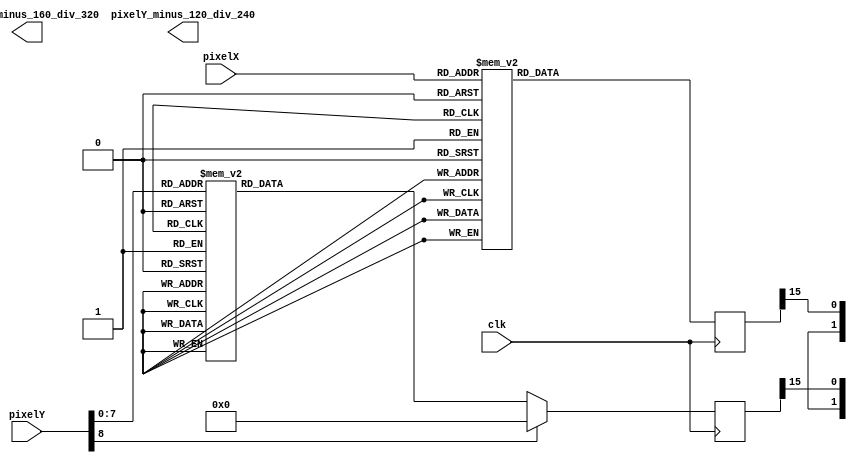
module pixelRayScaleTable(clk, pixelX, pixelX_minus_160_div_320, pixelY, pixelY_minus_120_div_240);

parameter BusWidth = 0;
parameter DecimalWidth = 0;

input clk;
input [8:0] pixelX, pixelY;
output [BusWidth-1:0] pixelX_minus_160_div_320, pixelY_minus_120_div_240;

reg [15:0] pixelX_minus_160_div_320_16, pixelY_minus_120_div_240_16;

assign pixelX_minus_160_div_320 = {{(BusWidth-DecimalWidth){pixelX_minus_160_div_320_16[15]}}
									,pixelX_minus_160_div_320_16[15:16-DecimalWidth]};
assign pixelY_minus_120_div_240 = {{(BusWidth-DecimalWidth){pixelY_minus_120_div_240_16[15]}}
									,pixelY_minus_120_div_240_16[15:16-DecimalWidth]};

always @(posedge clk)
begin
	case (pixelX)
        9'd0: pixelX_minus_160_div_320_16 <= 16'h8000;
        9'd1: pixelX_minus_160_div_320_16 <= 16'h80cd;
        9'd2: pixelX_minus_160_div_320_16 <= 16'h819a;
        9'd3: pixelX_minus_160_div_320_16 <= 16'h8267;
        9'd4: pixelX_minus_160_div_320_16 <= 16'h8334;
        9'd5: pixelX_minus_160_div_320_16 <= 16'h8400;
        9'd6: pixelX_minus_160_div_320_16 <= 16'h84cd;
        9'd7: pixelX_minus_160_div_320_16 <= 16'h859a;
        9'd8: pixelX_minus_160_div_320_16 <= 16'h8667;
        9'd9: pixelX_minus_160_div_320_16 <= 16'h8734;
        9'd10: pixelX_minus_160_div_320_16 <= 16'h8800;
        9'd11: pixelX_minus_160_div_320_16 <= 16'h88cd;
        9'd12: pixelX_minus_160_div_320_16 <= 16'h899a;
        9'd13: pixelX_minus_160_div_320_16 <= 16'h8a67;
        9'd14: pixelX_minus_160_div_320_16 <= 16'h8b34;
        9'd15: pixelX_minus_160_div_320_16 <= 16'h8c00;
        9'd16: pixelX_minus_160_div_320_16 <= 16'h8ccd;
        9'd17: pixelX_minus_160_div_320_16 <= 16'h8d9a;
        9'd18: pixelX_minus_160_div_320_16 <= 16'h8e67;
        9'd19: pixelX_minus_160_div_320_16 <= 16'h8f34;
        9'd20: pixelX_minus_160_div_320_16 <= 16'h9000;
        9'd21: pixelX_minus_160_div_320_16 <= 16'h90cd;
        9'd22: pixelX_minus_160_div_320_16 <= 16'h919a;
        9'd23: pixelX_minus_160_div_320_16 <= 16'h9267;
        9'd24: pixelX_minus_160_div_320_16 <= 16'h9334;
        9'd25: pixelX_minus_160_div_320_16 <= 16'h9400;
        9'd26: pixelX_minus_160_div_320_16 <= 16'h94cd;
        9'd27: pixelX_minus_160_div_320_16 <= 16'h959a;
        9'd28: pixelX_minus_160_div_320_16 <= 16'h9667;
        9'd29: pixelX_minus_160_div_320_16 <= 16'h9734;
        9'd30: pixelX_minus_160_div_320_16 <= 16'h9800;
        9'd31: pixelX_minus_160_div_320_16 <= 16'h98cd;
        9'd32: pixelX_minus_160_div_320_16 <= 16'h999a;
        9'd33: pixelX_minus_160_div_320_16 <= 16'h9a67;
        9'd34: pixelX_minus_160_div_320_16 <= 16'h9b34;
        9'd35: pixelX_minus_160_div_320_16 <= 16'h9c00;
        9'd36: pixelX_minus_160_div_320_16 <= 16'h9ccd;
        9'd37: pixelX_minus_160_div_320_16 <= 16'h9d9a;
        9'd38: pixelX_minus_160_div_320_16 <= 16'h9e67;
        9'd39: pixelX_minus_160_div_320_16 <= 16'h9f34;
        9'd40: pixelX_minus_160_div_320_16 <= 16'ha000;
        9'd41: pixelX_minus_160_div_320_16 <= 16'ha0cd;
        9'd42: pixelX_minus_160_div_320_16 <= 16'ha19a;
        9'd43: pixelX_minus_160_div_320_16 <= 16'ha267;
        9'd44: pixelX_minus_160_div_320_16 <= 16'ha334;
        9'd45: pixelX_minus_160_div_320_16 <= 16'ha400;
        9'd46: pixelX_minus_160_div_320_16 <= 16'ha4cd;
        9'd47: pixelX_minus_160_div_320_16 <= 16'ha59a;
        9'd48: pixelX_minus_160_div_320_16 <= 16'ha667;
        9'd49: pixelX_minus_160_div_320_16 <= 16'ha734;
        9'd50: pixelX_minus_160_div_320_16 <= 16'ha800;
        9'd51: pixelX_minus_160_div_320_16 <= 16'ha8cd;
        9'd52: pixelX_minus_160_div_320_16 <= 16'ha99a;
        9'd53: pixelX_minus_160_div_320_16 <= 16'haa67;
        9'd54: pixelX_minus_160_div_320_16 <= 16'hab34;
        9'd55: pixelX_minus_160_div_320_16 <= 16'hac00;
        9'd56: pixelX_minus_160_div_320_16 <= 16'haccd;
        9'd57: pixelX_minus_160_div_320_16 <= 16'had9a;
        9'd58: pixelX_minus_160_div_320_16 <= 16'hae67;
        9'd59: pixelX_minus_160_div_320_16 <= 16'haf34;
        9'd60: pixelX_minus_160_div_320_16 <= 16'hb000;
        9'd61: pixelX_minus_160_div_320_16 <= 16'hb0cd;
        9'd62: pixelX_minus_160_div_320_16 <= 16'hb19a;
        9'd63: pixelX_minus_160_div_320_16 <= 16'hb267;
        9'd64: pixelX_minus_160_div_320_16 <= 16'hb334;
        9'd65: pixelX_minus_160_div_320_16 <= 16'hb400;
        9'd66: pixelX_minus_160_div_320_16 <= 16'hb4cd;
        9'd67: pixelX_minus_160_div_320_16 <= 16'hb59a;
        9'd68: pixelX_minus_160_div_320_16 <= 16'hb667;
        9'd69: pixelX_minus_160_div_320_16 <= 16'hb734;
        9'd70: pixelX_minus_160_div_320_16 <= 16'hb800;
        9'd71: pixelX_minus_160_div_320_16 <= 16'hb8cd;
        9'd72: pixelX_minus_160_div_320_16 <= 16'hb99a;
        9'd73: pixelX_minus_160_div_320_16 <= 16'hba67;
        9'd74: pixelX_minus_160_div_320_16 <= 16'hbb34;
        9'd75: pixelX_minus_160_div_320_16 <= 16'hbc00;
        9'd76: pixelX_minus_160_div_320_16 <= 16'hbccd;
        9'd77: pixelX_minus_160_div_320_16 <= 16'hbd9a;
        9'd78: pixelX_minus_160_div_320_16 <= 16'hbe67;
        9'd79: pixelX_minus_160_div_320_16 <= 16'hbf34;
        9'd80: pixelX_minus_160_div_320_16 <= 16'hc000;
        9'd81: pixelX_minus_160_div_320_16 <= 16'hc0cd;
        9'd82: pixelX_minus_160_div_320_16 <= 16'hc19a;
        9'd83: pixelX_minus_160_div_320_16 <= 16'hc267;
        9'd84: pixelX_minus_160_div_320_16 <= 16'hc334;
        9'd85: pixelX_minus_160_div_320_16 <= 16'hc400;
        9'd86: pixelX_minus_160_div_320_16 <= 16'hc4cd;
        9'd87: pixelX_minus_160_div_320_16 <= 16'hc59a;
        9'd88: pixelX_minus_160_div_320_16 <= 16'hc667;
        9'd89: pixelX_minus_160_div_320_16 <= 16'hc734;
        9'd90: pixelX_minus_160_div_320_16 <= 16'hc800;
        9'd91: pixelX_minus_160_div_320_16 <= 16'hc8cd;
        9'd92: pixelX_minus_160_div_320_16 <= 16'hc99a;
        9'd93: pixelX_minus_160_div_320_16 <= 16'hca67;
        9'd94: pixelX_minus_160_div_320_16 <= 16'hcb34;
        9'd95: pixelX_minus_160_div_320_16 <= 16'hcc00;
        9'd96: pixelX_minus_160_div_320_16 <= 16'hcccd;
        9'd97: pixelX_minus_160_div_320_16 <= 16'hcd9a;
        9'd98: pixelX_minus_160_div_320_16 <= 16'hce67;
        9'd99: pixelX_minus_160_div_320_16 <= 16'hcf34;
        9'd100: pixelX_minus_160_div_320_16 <= 16'hd000;
        9'd101: pixelX_minus_160_div_320_16 <= 16'hd0cd;
        9'd102: pixelX_minus_160_div_320_16 <= 16'hd19a;
        9'd103: pixelX_minus_160_div_320_16 <= 16'hd267;
        9'd104: pixelX_minus_160_div_320_16 <= 16'hd334;
        9'd105: pixelX_minus_160_div_320_16 <= 16'hd400;
        9'd106: pixelX_minus_160_div_320_16 <= 16'hd4cd;
        9'd107: pixelX_minus_160_div_320_16 <= 16'hd59a;
        9'd108: pixelX_minus_160_div_320_16 <= 16'hd667;
        9'd109: pixelX_minus_160_div_320_16 <= 16'hd734;
        9'd110: pixelX_minus_160_div_320_16 <= 16'hd800;
        9'd111: pixelX_minus_160_div_320_16 <= 16'hd8cd;
        9'd112: pixelX_minus_160_div_320_16 <= 16'hd99a;
        9'd113: pixelX_minus_160_div_320_16 <= 16'hda67;
        9'd114: pixelX_minus_160_div_320_16 <= 16'hdb34;
        9'd115: pixelX_minus_160_div_320_16 <= 16'hdc00;
        9'd116: pixelX_minus_160_div_320_16 <= 16'hdccd;
        9'd117: pixelX_minus_160_div_320_16 <= 16'hdd9a;
        9'd118: pixelX_minus_160_div_320_16 <= 16'hde67;
        9'd119: pixelX_minus_160_div_320_16 <= 16'hdf34;
        9'd120: pixelX_minus_160_div_320_16 <= 16'he000;
        9'd121: pixelX_minus_160_div_320_16 <= 16'he0cd;
        9'd122: pixelX_minus_160_div_320_16 <= 16'he19a;
        9'd123: pixelX_minus_160_div_320_16 <= 16'he267;
        9'd124: pixelX_minus_160_div_320_16 <= 16'he334;
        9'd125: pixelX_minus_160_div_320_16 <= 16'he400;
        9'd126: pixelX_minus_160_div_320_16 <= 16'he4cd;
        9'd127: pixelX_minus_160_div_320_16 <= 16'he59a;
        9'd128: pixelX_minus_160_div_320_16 <= 16'he667;
        9'd129: pixelX_minus_160_div_320_16 <= 16'he734;
        9'd130: pixelX_minus_160_div_320_16 <= 16'he800;
        9'd131: pixelX_minus_160_div_320_16 <= 16'he8cd;
        9'd132: pixelX_minus_160_div_320_16 <= 16'he99a;
        9'd133: pixelX_minus_160_div_320_16 <= 16'hea67;
        9'd134: pixelX_minus_160_div_320_16 <= 16'heb34;
        9'd135: pixelX_minus_160_div_320_16 <= 16'hec00;
        9'd136: pixelX_minus_160_div_320_16 <= 16'heccd;
        9'd137: pixelX_minus_160_div_320_16 <= 16'hed9a;
        9'd138: pixelX_minus_160_div_320_16 <= 16'hee67;
        9'd139: pixelX_minus_160_div_320_16 <= 16'hef34;
        9'd140: pixelX_minus_160_div_320_16 <= 16'hf000;
        9'd141: pixelX_minus_160_div_320_16 <= 16'hf0cd;
        9'd142: pixelX_minus_160_div_320_16 <= 16'hf19a;
        9'd143: pixelX_minus_160_div_320_16 <= 16'hf267;
        9'd144: pixelX_minus_160_div_320_16 <= 16'hf334;
        9'd145: pixelX_minus_160_div_320_16 <= 16'hf400;
        9'd146: pixelX_minus_160_div_320_16 <= 16'hf4cd;
        9'd147: pixelX_minus_160_div_320_16 <= 16'hf59a;
        9'd148: pixelX_minus_160_div_320_16 <= 16'hf667;
        9'd149: pixelX_minus_160_div_320_16 <= 16'hf734;
        9'd150: pixelX_minus_160_div_320_16 <= 16'hf800;
        9'd151: pixelX_minus_160_div_320_16 <= 16'hf8cd;
        9'd152: pixelX_minus_160_div_320_16 <= 16'hf99a;
        9'd153: pixelX_minus_160_div_320_16 <= 16'hfa67;
        9'd154: pixelX_minus_160_div_320_16 <= 16'hfb34;
        9'd155: pixelX_minus_160_div_320_16 <= 16'hfc00;
        9'd156: pixelX_minus_160_div_320_16 <= 16'hfccd;
        9'd157: pixelX_minus_160_div_320_16 <= 16'hfd9a;
        9'd158: pixelX_minus_160_div_320_16 <= 16'hfe67;
        9'd159: pixelX_minus_160_div_320_16 <= 16'hff34;
        9'd160: pixelX_minus_160_div_320_16 <= 16'h0000;
        9'd161: pixelX_minus_160_div_320_16 <= 16'h00cc;
        9'd162: pixelX_minus_160_div_320_16 <= 16'h0199;
        9'd163: pixelX_minus_160_div_320_16 <= 16'h0266;
        9'd164: pixelX_minus_160_div_320_16 <= 16'h0333;
        9'd165: pixelX_minus_160_div_320_16 <= 16'h0400;
        9'd166: pixelX_minus_160_div_320_16 <= 16'h04cc;
        9'd167: pixelX_minus_160_div_320_16 <= 16'h0599;
        9'd168: pixelX_minus_160_div_320_16 <= 16'h0666;
        9'd169: pixelX_minus_160_div_320_16 <= 16'h0733;
        9'd170: pixelX_minus_160_div_320_16 <= 16'h0800;
        9'd171: pixelX_minus_160_div_320_16 <= 16'h08cc;
        9'd172: pixelX_minus_160_div_320_16 <= 16'h0999;
        9'd173: pixelX_minus_160_div_320_16 <= 16'h0a66;
        9'd174: pixelX_minus_160_div_320_16 <= 16'h0b33;
        9'd175: pixelX_minus_160_div_320_16 <= 16'h0c00;
        9'd176: pixelX_minus_160_div_320_16 <= 16'h0ccc;
        9'd177: pixelX_minus_160_div_320_16 <= 16'h0d99;
        9'd178: pixelX_minus_160_div_320_16 <= 16'h0e66;
        9'd179: pixelX_minus_160_div_320_16 <= 16'h0f33;
        9'd180: pixelX_minus_160_div_320_16 <= 16'h1000;
        9'd181: pixelX_minus_160_div_320_16 <= 16'h10cc;
        9'd182: pixelX_minus_160_div_320_16 <= 16'h1199;
        9'd183: pixelX_minus_160_div_320_16 <= 16'h1266;
        9'd184: pixelX_minus_160_div_320_16 <= 16'h1333;
        9'd185: pixelX_minus_160_div_320_16 <= 16'h1400;
        9'd186: pixelX_minus_160_div_320_16 <= 16'h14cc;
        9'd187: pixelX_minus_160_div_320_16 <= 16'h1599;
        9'd188: pixelX_minus_160_div_320_16 <= 16'h1666;
        9'd189: pixelX_minus_160_div_320_16 <= 16'h1733;
        9'd190: pixelX_minus_160_div_320_16 <= 16'h1800;
        9'd191: pixelX_minus_160_div_320_16 <= 16'h18cc;
        9'd192: pixelX_minus_160_div_320_16 <= 16'h1999;
        9'd193: pixelX_minus_160_div_320_16 <= 16'h1a66;
        9'd194: pixelX_minus_160_div_320_16 <= 16'h1b33;
        9'd195: pixelX_minus_160_div_320_16 <= 16'h1c00;
        9'd196: pixelX_minus_160_div_320_16 <= 16'h1ccc;
        9'd197: pixelX_minus_160_div_320_16 <= 16'h1d99;
        9'd198: pixelX_minus_160_div_320_16 <= 16'h1e66;
        9'd199: pixelX_minus_160_div_320_16 <= 16'h1f33;
        9'd200: pixelX_minus_160_div_320_16 <= 16'h2000;
        9'd201: pixelX_minus_160_div_320_16 <= 16'h20cc;
        9'd202: pixelX_minus_160_div_320_16 <= 16'h2199;
        9'd203: pixelX_minus_160_div_320_16 <= 16'h2266;
        9'd204: pixelX_minus_160_div_320_16 <= 16'h2333;
        9'd205: pixelX_minus_160_div_320_16 <= 16'h2400;
        9'd206: pixelX_minus_160_div_320_16 <= 16'h24cc;
        9'd207: pixelX_minus_160_div_320_16 <= 16'h2599;
        9'd208: pixelX_minus_160_div_320_16 <= 16'h2666;
        9'd209: pixelX_minus_160_div_320_16 <= 16'h2733;
        9'd210: pixelX_minus_160_div_320_16 <= 16'h2800;
        9'd211: pixelX_minus_160_div_320_16 <= 16'h28cc;
        9'd212: pixelX_minus_160_div_320_16 <= 16'h2999;
        9'd213: pixelX_minus_160_div_320_16 <= 16'h2a66;
        9'd214: pixelX_minus_160_div_320_16 <= 16'h2b33;
        9'd215: pixelX_minus_160_div_320_16 <= 16'h2c00;
        9'd216: pixelX_minus_160_div_320_16 <= 16'h2ccc;
        9'd217: pixelX_minus_160_div_320_16 <= 16'h2d99;
        9'd218: pixelX_minus_160_div_320_16 <= 16'h2e66;
        9'd219: pixelX_minus_160_div_320_16 <= 16'h2f33;
        9'd220: pixelX_minus_160_div_320_16 <= 16'h3000;
        9'd221: pixelX_minus_160_div_320_16 <= 16'h30cc;
        9'd222: pixelX_minus_160_div_320_16 <= 16'h3199;
        9'd223: pixelX_minus_160_div_320_16 <= 16'h3266;
        9'd224: pixelX_minus_160_div_320_16 <= 16'h3333;
        9'd225: pixelX_minus_160_div_320_16 <= 16'h3400;
        9'd226: pixelX_minus_160_div_320_16 <= 16'h34cc;
        9'd227: pixelX_minus_160_div_320_16 <= 16'h3599;
        9'd228: pixelX_minus_160_div_320_16 <= 16'h3666;
        9'd229: pixelX_minus_160_div_320_16 <= 16'h3733;
        9'd230: pixelX_minus_160_div_320_16 <= 16'h3800;
        9'd231: pixelX_minus_160_div_320_16 <= 16'h38cc;
        9'd232: pixelX_minus_160_div_320_16 <= 16'h3999;
        9'd233: pixelX_minus_160_div_320_16 <= 16'h3a66;
        9'd234: pixelX_minus_160_div_320_16 <= 16'h3b33;
        9'd235: pixelX_minus_160_div_320_16 <= 16'h3c00;
        9'd236: pixelX_minus_160_div_320_16 <= 16'h3ccc;
        9'd237: pixelX_minus_160_div_320_16 <= 16'h3d99;
        9'd238: pixelX_minus_160_div_320_16 <= 16'h3e66;
        9'd239: pixelX_minus_160_div_320_16 <= 16'h3f33;
        9'd240: pixelX_minus_160_div_320_16 <= 16'h4000;
        9'd241: pixelX_minus_160_div_320_16 <= 16'h40cc;
        9'd242: pixelX_minus_160_div_320_16 <= 16'h4199;
        9'd243: pixelX_minus_160_div_320_16 <= 16'h4266;
        9'd244: pixelX_minus_160_div_320_16 <= 16'h4333;
        9'd245: pixelX_minus_160_div_320_16 <= 16'h4400;
        9'd246: pixelX_minus_160_div_320_16 <= 16'h44cc;
        9'd247: pixelX_minus_160_div_320_16 <= 16'h4599;
        9'd248: pixelX_minus_160_div_320_16 <= 16'h4666;
        9'd249: pixelX_minus_160_div_320_16 <= 16'h4733;
        9'd250: pixelX_minus_160_div_320_16 <= 16'h4800;
        9'd251: pixelX_minus_160_div_320_16 <= 16'h48cc;
        9'd252: pixelX_minus_160_div_320_16 <= 16'h4999;
        9'd253: pixelX_minus_160_div_320_16 <= 16'h4a66;
        9'd254: pixelX_minus_160_div_320_16 <= 16'h4b33;
        9'd255: pixelX_minus_160_div_320_16 <= 16'h4c00;
        9'd256: pixelX_minus_160_div_320_16 <= 16'h4ccc;
        9'd257: pixelX_minus_160_div_320_16 <= 16'h4d99;
        9'd258: pixelX_minus_160_div_320_16 <= 16'h4e66;
        9'd259: pixelX_minus_160_div_320_16 <= 16'h4f33;
        9'd260: pixelX_minus_160_div_320_16 <= 16'h5000;
        9'd261: pixelX_minus_160_div_320_16 <= 16'h50cc;
        9'd262: pixelX_minus_160_div_320_16 <= 16'h5199;
        9'd263: pixelX_minus_160_div_320_16 <= 16'h5266;
        9'd264: pixelX_minus_160_div_320_16 <= 16'h5333;
        9'd265: pixelX_minus_160_div_320_16 <= 16'h5400;
        9'd266: pixelX_minus_160_div_320_16 <= 16'h54cc;
        9'd267: pixelX_minus_160_div_320_16 <= 16'h5599;
        9'd268: pixelX_minus_160_div_320_16 <= 16'h5666;
        9'd269: pixelX_minus_160_div_320_16 <= 16'h5733;
        9'd270: pixelX_minus_160_div_320_16 <= 16'h5800;
        9'd271: pixelX_minus_160_div_320_16 <= 16'h58cc;
        9'd272: pixelX_minus_160_div_320_16 <= 16'h5999;
        9'd273: pixelX_minus_160_div_320_16 <= 16'h5a66;
        9'd274: pixelX_minus_160_div_320_16 <= 16'h5b33;
        9'd275: pixelX_minus_160_div_320_16 <= 16'h5c00;
        9'd276: pixelX_minus_160_div_320_16 <= 16'h5ccc;
        9'd277: pixelX_minus_160_div_320_16 <= 16'h5d99;
        9'd278: pixelX_minus_160_div_320_16 <= 16'h5e66;
        9'd279: pixelX_minus_160_div_320_16 <= 16'h5f33;
        9'd280: pixelX_minus_160_div_320_16 <= 16'h6000;
        9'd281: pixelX_minus_160_div_320_16 <= 16'h60cc;
        9'd282: pixelX_minus_160_div_320_16 <= 16'h6199;
        9'd283: pixelX_minus_160_div_320_16 <= 16'h6266;
        9'd284: pixelX_minus_160_div_320_16 <= 16'h6333;
        9'd285: pixelX_minus_160_div_320_16 <= 16'h6400;
        9'd286: pixelX_minus_160_div_320_16 <= 16'h64cc;
        9'd287: pixelX_minus_160_div_320_16 <= 16'h6599;
        9'd288: pixelX_minus_160_div_320_16 <= 16'h6666;
        9'd289: pixelX_minus_160_div_320_16 <= 16'h6733;
        9'd290: pixelX_minus_160_div_320_16 <= 16'h6800;
        9'd291: pixelX_minus_160_div_320_16 <= 16'h68cc;
        9'd292: pixelX_minus_160_div_320_16 <= 16'h6999;
        9'd293: pixelX_minus_160_div_320_16 <= 16'h6a66;
        9'd294: pixelX_minus_160_div_320_16 <= 16'h6b33;
        9'd295: pixelX_minus_160_div_320_16 <= 16'h6c00;
        9'd296: pixelX_minus_160_div_320_16 <= 16'h6ccc;
        9'd297: pixelX_minus_160_div_320_16 <= 16'h6d99;
        9'd298: pixelX_minus_160_div_320_16 <= 16'h6e66;
        9'd299: pixelX_minus_160_div_320_16 <= 16'h6f33;
        9'd300: pixelX_minus_160_div_320_16 <= 16'h7000;
        9'd301: pixelX_minus_160_div_320_16 <= 16'h70cc;
        9'd302: pixelX_minus_160_div_320_16 <= 16'h7199;
        9'd303: pixelX_minus_160_div_320_16 <= 16'h7266;
        9'd304: pixelX_minus_160_div_320_16 <= 16'h7333;
        9'd305: pixelX_minus_160_div_320_16 <= 16'h7400;
        9'd306: pixelX_minus_160_div_320_16 <= 16'h74cc;
        9'd307: pixelX_minus_160_div_320_16 <= 16'h7599;
        9'd308: pixelX_minus_160_div_320_16 <= 16'h7666;
        9'd309: pixelX_minus_160_div_320_16 <= 16'h7733;
        9'd310: pixelX_minus_160_div_320_16 <= 16'h7800;
        9'd311: pixelX_minus_160_div_320_16 <= 16'h78cc;
        9'd312: pixelX_minus_160_div_320_16 <= 16'h7999;
        9'd313: pixelX_minus_160_div_320_16 <= 16'h7a66;
        9'd314: pixelX_minus_160_div_320_16 <= 16'h7b33;
        9'd315: pixelX_minus_160_div_320_16 <= 16'h7c00;
        9'd316: pixelX_minus_160_div_320_16 <= 16'h7ccc;
        9'd317: pixelX_minus_160_div_320_16 <= 16'h7d99;
        9'd318: pixelX_minus_160_div_320_16 <= 16'h7e66;
        9'd319: pixelX_minus_160_div_320_16 <= 16'h7f33;
		default: pixelX_minus_160_div_320_16 <= 16'h0000;
	endcase

	case (pixelY)
        9'd0: pixelY_minus_120_div_240_16 <= 16'h8000;
        9'd1: pixelY_minus_120_div_240_16 <= 16'h8112;
        9'd2: pixelY_minus_120_div_240_16 <= 16'h8223;
        9'd3: pixelY_minus_120_div_240_16 <= 16'h8334;
        9'd4: pixelY_minus_120_div_240_16 <= 16'h8445;
        9'd5: pixelY_minus_120_div_240_16 <= 16'h8556;
        9'd6: pixelY_minus_120_div_240_16 <= 16'h8667;
        9'd7: pixelY_minus_120_div_240_16 <= 16'h8778;
        9'd8: pixelY_minus_120_div_240_16 <= 16'h8889;
        9'd9: pixelY_minus_120_div_240_16 <= 16'h899a;
        9'd10: pixelY_minus_120_div_240_16 <= 16'h8aab;
        9'd11: pixelY_minus_120_div_240_16 <= 16'h8bbc;
        9'd12: pixelY_minus_120_div_240_16 <= 16'h8ccd;
        9'd13: pixelY_minus_120_div_240_16 <= 16'h8dde;
        9'd14: pixelY_minus_120_div_240_16 <= 16'h8eef;
        9'd15: pixelY_minus_120_div_240_16 <= 16'h9000;
        9'd16: pixelY_minus_120_div_240_16 <= 16'h9112;
        9'd17: pixelY_minus_120_div_240_16 <= 16'h9223;
        9'd18: pixelY_minus_120_div_240_16 <= 16'h9334;
        9'd19: pixelY_minus_120_div_240_16 <= 16'h9445;
        9'd20: pixelY_minus_120_div_240_16 <= 16'h9556;
        9'd21: pixelY_minus_120_div_240_16 <= 16'h9667;
        9'd22: pixelY_minus_120_div_240_16 <= 16'h9778;
        9'd23: pixelY_minus_120_div_240_16 <= 16'h9889;
        9'd24: pixelY_minus_120_div_240_16 <= 16'h999a;
        9'd25: pixelY_minus_120_div_240_16 <= 16'h9aab;
        9'd26: pixelY_minus_120_div_240_16 <= 16'h9bbc;
        9'd27: pixelY_minus_120_div_240_16 <= 16'h9ccd;
        9'd28: pixelY_minus_120_div_240_16 <= 16'h9dde;
        9'd29: pixelY_minus_120_div_240_16 <= 16'h9eef;
        9'd30: pixelY_minus_120_div_240_16 <= 16'ha000;
        9'd31: pixelY_minus_120_div_240_16 <= 16'ha112;
        9'd32: pixelY_minus_120_div_240_16 <= 16'ha223;
        9'd33: pixelY_minus_120_div_240_16 <= 16'ha334;
        9'd34: pixelY_minus_120_div_240_16 <= 16'ha445;
        9'd35: pixelY_minus_120_div_240_16 <= 16'ha556;
        9'd36: pixelY_minus_120_div_240_16 <= 16'ha667;
        9'd37: pixelY_minus_120_div_240_16 <= 16'ha778;
        9'd38: pixelY_minus_120_div_240_16 <= 16'ha889;
        9'd39: pixelY_minus_120_div_240_16 <= 16'ha99a;
        9'd40: pixelY_minus_120_div_240_16 <= 16'haaab;
        9'd41: pixelY_minus_120_div_240_16 <= 16'habbc;
        9'd42: pixelY_minus_120_div_240_16 <= 16'haccd;
        9'd43: pixelY_minus_120_div_240_16 <= 16'hadde;
        9'd44: pixelY_minus_120_div_240_16 <= 16'haeef;
        9'd45: pixelY_minus_120_div_240_16 <= 16'hb000;
        9'd46: pixelY_minus_120_div_240_16 <= 16'hb112;
        9'd47: pixelY_minus_120_div_240_16 <= 16'hb223;
        9'd48: pixelY_minus_120_div_240_16 <= 16'hb334;
        9'd49: pixelY_minus_120_div_240_16 <= 16'hb445;
        9'd50: pixelY_minus_120_div_240_16 <= 16'hb556;
        9'd51: pixelY_minus_120_div_240_16 <= 16'hb667;
        9'd52: pixelY_minus_120_div_240_16 <= 16'hb778;
        9'd53: pixelY_minus_120_div_240_16 <= 16'hb889;
        9'd54: pixelY_minus_120_div_240_16 <= 16'hb99a;
        9'd55: pixelY_minus_120_div_240_16 <= 16'hbaab;
        9'd56: pixelY_minus_120_div_240_16 <= 16'hbbbc;
        9'd57: pixelY_minus_120_div_240_16 <= 16'hbccd;
        9'd58: pixelY_minus_120_div_240_16 <= 16'hbdde;
        9'd59: pixelY_minus_120_div_240_16 <= 16'hbeef;
        9'd60: pixelY_minus_120_div_240_16 <= 16'hc000;
        9'd61: pixelY_minus_120_div_240_16 <= 16'hc112;
        9'd62: pixelY_minus_120_div_240_16 <= 16'hc223;
        9'd63: pixelY_minus_120_div_240_16 <= 16'hc334;
        9'd64: pixelY_minus_120_div_240_16 <= 16'hc445;
        9'd65: pixelY_minus_120_div_240_16 <= 16'hc556;
        9'd66: pixelY_minus_120_div_240_16 <= 16'hc667;
        9'd67: pixelY_minus_120_div_240_16 <= 16'hc778;
        9'd68: pixelY_minus_120_div_240_16 <= 16'hc889;
        9'd69: pixelY_minus_120_div_240_16 <= 16'hc99a;
        9'd70: pixelY_minus_120_div_240_16 <= 16'hcaab;
        9'd71: pixelY_minus_120_div_240_16 <= 16'hcbbc;
        9'd72: pixelY_minus_120_div_240_16 <= 16'hcccd;
        9'd73: pixelY_minus_120_div_240_16 <= 16'hcdde;
        9'd74: pixelY_minus_120_div_240_16 <= 16'hceef;
        9'd75: pixelY_minus_120_div_240_16 <= 16'hd000;
        9'd76: pixelY_minus_120_div_240_16 <= 16'hd112;
        9'd77: pixelY_minus_120_div_240_16 <= 16'hd223;
        9'd78: pixelY_minus_120_div_240_16 <= 16'hd334;
        9'd79: pixelY_minus_120_div_240_16 <= 16'hd445;
        9'd80: pixelY_minus_120_div_240_16 <= 16'hd556;
        9'd81: pixelY_minus_120_div_240_16 <= 16'hd667;
        9'd82: pixelY_minus_120_div_240_16 <= 16'hd778;
        9'd83: pixelY_minus_120_div_240_16 <= 16'hd889;
        9'd84: pixelY_minus_120_div_240_16 <= 16'hd99a;
        9'd85: pixelY_minus_120_div_240_16 <= 16'hdaab;
        9'd86: pixelY_minus_120_div_240_16 <= 16'hdbbc;
        9'd87: pixelY_minus_120_div_240_16 <= 16'hdccd;
        9'd88: pixelY_minus_120_div_240_16 <= 16'hddde;
        9'd89: pixelY_minus_120_div_240_16 <= 16'hdeef;
        9'd90: pixelY_minus_120_div_240_16 <= 16'he000;
        9'd91: pixelY_minus_120_div_240_16 <= 16'he112;
        9'd92: pixelY_minus_120_div_240_16 <= 16'he223;
        9'd93: pixelY_minus_120_div_240_16 <= 16'he334;
        9'd94: pixelY_minus_120_div_240_16 <= 16'he445;
        9'd95: pixelY_minus_120_div_240_16 <= 16'he556;
        9'd96: pixelY_minus_120_div_240_16 <= 16'he667;
        9'd97: pixelY_minus_120_div_240_16 <= 16'he778;
        9'd98: pixelY_minus_120_div_240_16 <= 16'he889;
        9'd99: pixelY_minus_120_div_240_16 <= 16'he99a;
        9'd100: pixelY_minus_120_div_240_16 <= 16'heaab;
        9'd101: pixelY_minus_120_div_240_16 <= 16'hebbc;
        9'd102: pixelY_minus_120_div_240_16 <= 16'heccd;
        9'd103: pixelY_minus_120_div_240_16 <= 16'hedde;
        9'd104: pixelY_minus_120_div_240_16 <= 16'heeef;
        9'd105: pixelY_minus_120_div_240_16 <= 16'hf000;
        9'd106: pixelY_minus_120_div_240_16 <= 16'hf112;
        9'd107: pixelY_minus_120_div_240_16 <= 16'hf223;
        9'd108: pixelY_minus_120_div_240_16 <= 16'hf334;
        9'd109: pixelY_minus_120_div_240_16 <= 16'hf445;
        9'd110: pixelY_minus_120_div_240_16 <= 16'hf556;
        9'd111: pixelY_minus_120_div_240_16 <= 16'hf667;
        9'd112: pixelY_minus_120_div_240_16 <= 16'hf778;
        9'd113: pixelY_minus_120_div_240_16 <= 16'hf889;
        9'd114: pixelY_minus_120_div_240_16 <= 16'hf99a;
        9'd115: pixelY_minus_120_div_240_16 <= 16'hfaab;
        9'd116: pixelY_minus_120_div_240_16 <= 16'hfbbc;
        9'd117: pixelY_minus_120_div_240_16 <= 16'hfccd;
        9'd118: pixelY_minus_120_div_240_16 <= 16'hfdde;
        9'd119: pixelY_minus_120_div_240_16 <= 16'hfeef;
        9'd120: pixelY_minus_120_div_240_16 <= 16'h0000;
        9'd121: pixelY_minus_120_div_240_16 <= 16'h0111;
        9'd122: pixelY_minus_120_div_240_16 <= 16'h0222;
        9'd123: pixelY_minus_120_div_240_16 <= 16'h0333;
        9'd124: pixelY_minus_120_div_240_16 <= 16'h0444;
        9'd125: pixelY_minus_120_div_240_16 <= 16'h0555;
        9'd126: pixelY_minus_120_div_240_16 <= 16'h0666;
        9'd127: pixelY_minus_120_div_240_16 <= 16'h0777;
        9'd128: pixelY_minus_120_div_240_16 <= 16'h0888;
        9'd129: pixelY_minus_120_div_240_16 <= 16'h0999;
        9'd130: pixelY_minus_120_div_240_16 <= 16'h0aaa;
        9'd131: pixelY_minus_120_div_240_16 <= 16'h0bbb;
        9'd132: pixelY_minus_120_div_240_16 <= 16'h0ccc;
        9'd133: pixelY_minus_120_div_240_16 <= 16'h0ddd;
        9'd134: pixelY_minus_120_div_240_16 <= 16'h0eee;
        9'd135: pixelY_minus_120_div_240_16 <= 16'h1000;
        9'd136: pixelY_minus_120_div_240_16 <= 16'h1111;
        9'd137: pixelY_minus_120_div_240_16 <= 16'h1222;
        9'd138: pixelY_minus_120_div_240_16 <= 16'h1333;
        9'd139: pixelY_minus_120_div_240_16 <= 16'h1444;
        9'd140: pixelY_minus_120_div_240_16 <= 16'h1555;
        9'd141: pixelY_minus_120_div_240_16 <= 16'h1666;
        9'd142: pixelY_minus_120_div_240_16 <= 16'h1777;
        9'd143: pixelY_minus_120_div_240_16 <= 16'h1888;
        9'd144: pixelY_minus_120_div_240_16 <= 16'h1999;
        9'd145: pixelY_minus_120_div_240_16 <= 16'h1aaa;
        9'd146: pixelY_minus_120_div_240_16 <= 16'h1bbb;
        9'd147: pixelY_minus_120_div_240_16 <= 16'h1ccc;
        9'd148: pixelY_minus_120_div_240_16 <= 16'h1ddd;
        9'd149: pixelY_minus_120_div_240_16 <= 16'h1eee;
        9'd150: pixelY_minus_120_div_240_16 <= 16'h2000;
        9'd151: pixelY_minus_120_div_240_16 <= 16'h2111;
        9'd152: pixelY_minus_120_div_240_16 <= 16'h2222;
        9'd153: pixelY_minus_120_div_240_16 <= 16'h2333;
        9'd154: pixelY_minus_120_div_240_16 <= 16'h2444;
        9'd155: pixelY_minus_120_div_240_16 <= 16'h2555;
        9'd156: pixelY_minus_120_div_240_16 <= 16'h2666;
        9'd157: pixelY_minus_120_div_240_16 <= 16'h2777;
        9'd158: pixelY_minus_120_div_240_16 <= 16'h2888;
        9'd159: pixelY_minus_120_div_240_16 <= 16'h2999;
        9'd160: pixelY_minus_120_div_240_16 <= 16'h2aaa;
        9'd161: pixelY_minus_120_div_240_16 <= 16'h2bbb;
        9'd162: pixelY_minus_120_div_240_16 <= 16'h2ccc;
        9'd163: pixelY_minus_120_div_240_16 <= 16'h2ddd;
        9'd164: pixelY_minus_120_div_240_16 <= 16'h2eee;
        9'd165: pixelY_minus_120_div_240_16 <= 16'h3000;
        9'd166: pixelY_minus_120_div_240_16 <= 16'h3111;
        9'd167: pixelY_minus_120_div_240_16 <= 16'h3222;
        9'd168: pixelY_minus_120_div_240_16 <= 16'h3333;
        9'd169: pixelY_minus_120_div_240_16 <= 16'h3444;
        9'd170: pixelY_minus_120_div_240_16 <= 16'h3555;
        9'd171: pixelY_minus_120_div_240_16 <= 16'h3666;
        9'd172: pixelY_minus_120_div_240_16 <= 16'h3777;
        9'd173: pixelY_minus_120_div_240_16 <= 16'h3888;
        9'd174: pixelY_minus_120_div_240_16 <= 16'h3999;
        9'd175: pixelY_minus_120_div_240_16 <= 16'h3aaa;
        9'd176: pixelY_minus_120_div_240_16 <= 16'h3bbb;
        9'd177: pixelY_minus_120_div_240_16 <= 16'h3ccc;
        9'd178: pixelY_minus_120_div_240_16 <= 16'h3ddd;
        9'd179: pixelY_minus_120_div_240_16 <= 16'h3eee;
        9'd180: pixelY_minus_120_div_240_16 <= 16'h4000;
        9'd181: pixelY_minus_120_div_240_16 <= 16'h4111;
        9'd182: pixelY_minus_120_div_240_16 <= 16'h4222;
        9'd183: pixelY_minus_120_div_240_16 <= 16'h4333;
        9'd184: pixelY_minus_120_div_240_16 <= 16'h4444;
        9'd185: pixelY_minus_120_div_240_16 <= 16'h4555;
        9'd186: pixelY_minus_120_div_240_16 <= 16'h4666;
        9'd187: pixelY_minus_120_div_240_16 <= 16'h4777;
        9'd188: pixelY_minus_120_div_240_16 <= 16'h4888;
        9'd189: pixelY_minus_120_div_240_16 <= 16'h4999;
        9'd190: pixelY_minus_120_div_240_16 <= 16'h4aaa;
        9'd191: pixelY_minus_120_div_240_16 <= 16'h4bbb;
        9'd192: pixelY_minus_120_div_240_16 <= 16'h4ccc;
        9'd193: pixelY_minus_120_div_240_16 <= 16'h4ddd;
        9'd194: pixelY_minus_120_div_240_16 <= 16'h4eee;
        9'd195: pixelY_minus_120_div_240_16 <= 16'h5000;
        9'd196: pixelY_minus_120_div_240_16 <= 16'h5111;
        9'd197: pixelY_minus_120_div_240_16 <= 16'h5222;
        9'd198: pixelY_minus_120_div_240_16 <= 16'h5333;
        9'd199: pixelY_minus_120_div_240_16 <= 16'h5444;
        9'd200: pixelY_minus_120_div_240_16 <= 16'h5555;
        9'd201: pixelY_minus_120_div_240_16 <= 16'h5666;
        9'd202: pixelY_minus_120_div_240_16 <= 16'h5777;
        9'd203: pixelY_minus_120_div_240_16 <= 16'h5888;
        9'd204: pixelY_minus_120_div_240_16 <= 16'h5999;
        9'd205: pixelY_minus_120_div_240_16 <= 16'h5aaa;
        9'd206: pixelY_minus_120_div_240_16 <= 16'h5bbb;
        9'd207: pixelY_minus_120_div_240_16 <= 16'h5ccc;
        9'd208: pixelY_minus_120_div_240_16 <= 16'h5ddd;
        9'd209: pixelY_minus_120_div_240_16 <= 16'h5eee;
        9'd210: pixelY_minus_120_div_240_16 <= 16'h6000;
        9'd211: pixelY_minus_120_div_240_16 <= 16'h6111;
        9'd212: pixelY_minus_120_div_240_16 <= 16'h6222;
        9'd213: pixelY_minus_120_div_240_16 <= 16'h6333;
        9'd214: pixelY_minus_120_div_240_16 <= 16'h6444;
        9'd215: pixelY_minus_120_div_240_16 <= 16'h6555;
        9'd216: pixelY_minus_120_div_240_16 <= 16'h6666;
        9'd217: pixelY_minus_120_div_240_16 <= 16'h6777;
        9'd218: pixelY_minus_120_div_240_16 <= 16'h6888;
        9'd219: pixelY_minus_120_div_240_16 <= 16'h6999;
        9'd220: pixelY_minus_120_div_240_16 <= 16'h6aaa;
        9'd221: pixelY_minus_120_div_240_16 <= 16'h6bbb;
        9'd222: pixelY_minus_120_div_240_16 <= 16'h6ccc;
        9'd223: pixelY_minus_120_div_240_16 <= 16'h6ddd;
        9'd224: pixelY_minus_120_div_240_16 <= 16'h6eee;
        9'd225: pixelY_minus_120_div_240_16 <= 16'h7000;
        9'd226: pixelY_minus_120_div_240_16 <= 16'h7111;
        9'd227: pixelY_minus_120_div_240_16 <= 16'h7222;
        9'd228: pixelY_minus_120_div_240_16 <= 16'h7333;
        9'd229: pixelY_minus_120_div_240_16 <= 16'h7444;
        9'd230: pixelY_minus_120_div_240_16 <= 16'h7555;
        9'd231: pixelY_minus_120_div_240_16 <= 16'h7666;
        9'd232: pixelY_minus_120_div_240_16 <= 16'h7777;
        9'd233: pixelY_minus_120_div_240_16 <= 16'h7888;
        9'd234: pixelY_minus_120_div_240_16 <= 16'h7999;
        9'd235: pixelY_minus_120_div_240_16 <= 16'h7aaa;
        9'd236: pixelY_minus_120_div_240_16 <= 16'h7bbb;
        9'd237: pixelY_minus_120_div_240_16 <= 16'h7ccc;
        9'd238: pixelY_minus_120_div_240_16 <= 16'h7ddd;
        9'd239: pixelY_minus_120_div_240_16 <= 16'h7eee;
		default: pixelY_minus_120_div_240_16 <= 16'h0000;
	endcase				

end


endmodule